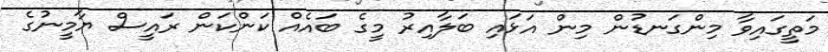
މަތީގައިވާ މިންގަނޑުން މިން އަޅައި ބަލާއިރު މީގެ ބައެއް ކަންކަން ރައީސް ޔާމީނުގެ